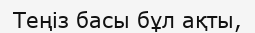
Теңіз басы бұл ақты,